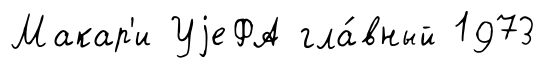
Макар'и УjеФА гла́вный 1973